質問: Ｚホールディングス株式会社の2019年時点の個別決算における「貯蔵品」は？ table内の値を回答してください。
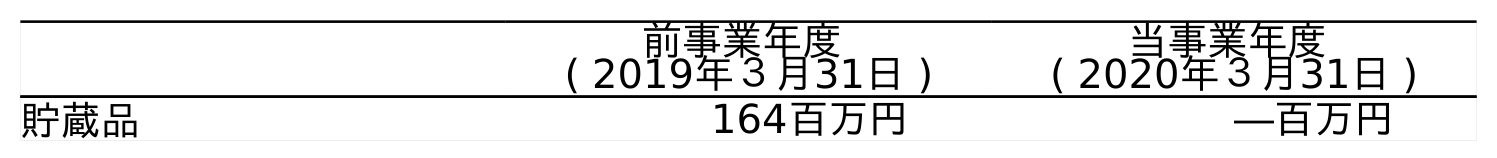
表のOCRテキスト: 前事業年度 ( 2019年３月31日 ) 当事業年度 ( 2020年３月31日 ) 貯蔵品 164百万円 ―百万円
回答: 164